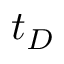
t _ { D }